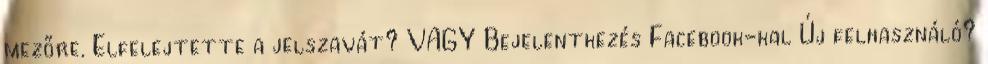
mezőre. Elfelejtette a jelszavát? VAGY Bejelentkezés Facebook-kal Új felhasználó?